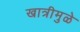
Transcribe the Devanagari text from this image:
खात्रीमुळे